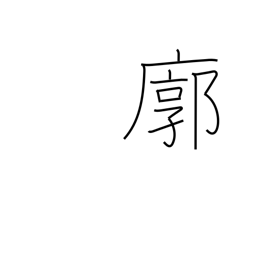
Meaning: quarter